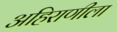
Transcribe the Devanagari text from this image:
अहिराणीला